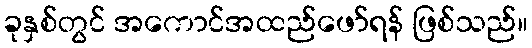
ခုနှစ်တွင် အကောင်အထည်ဖော်ရန် ဖြစ်သည်။